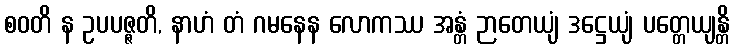
စဝတိ န ဥပပဇ္ဇတိ, နာဟံ တံ ဂမနေန လောကဿ အန္တံ ဉာတေယျံ ဒဋ္ဌေယျံ ပတ္တေယျန္တိ